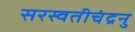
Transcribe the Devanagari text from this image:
सरस्वतीचंद्रनु